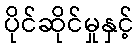
ပိုင်ဆိုင်မှုနှင့်